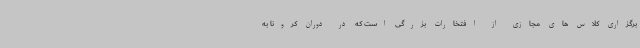
برگزاری کلاس های مجازی از افتخارات بزرگی است که در دوران کرونا به